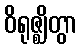
ဝိရုဇ္ဈိတွာ